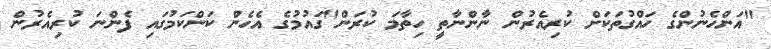
"އަންހެނުންގެ ހައްގުތަކަށް ކުރިއެރުން ނާންނާތީ ހިތާމަ ކުރަން"ގައުމުގެ އެހެން ކަންކަމުގައި ފެންނަ ކުރިއެރުން